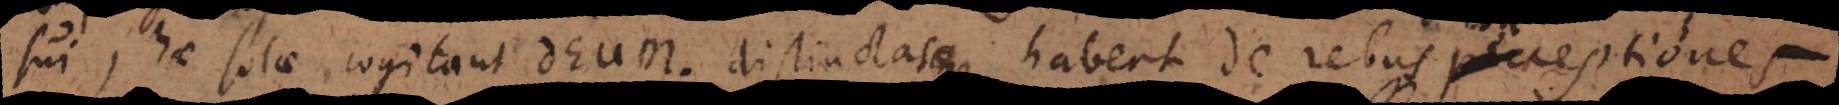
sui, hae solae cogitant Deum; distinctasque habent de rebus perceptione